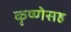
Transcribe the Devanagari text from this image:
कृष्णेसह